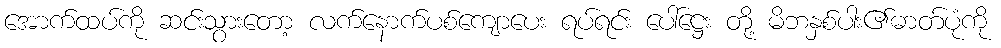
အောက်ထပ်ကို ဆင်းသွားတော့ လက်နောက်ပစ်ကျောပေး ရပ်ရင်း ပေါ်ဋ္ဌေး တို့ မိဘနှစ်ပါး၏ဓာတ်ပုံကို